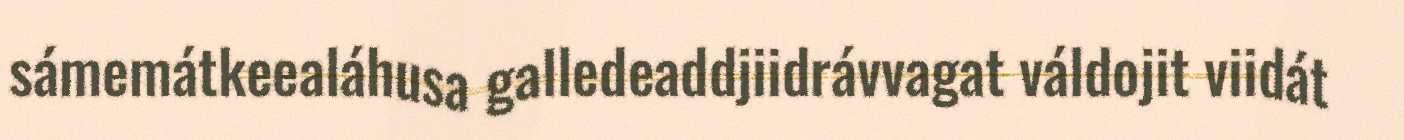
sámemátkeealáhusa galledeaddjiidrávvagat váldojit viidát